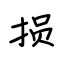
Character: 损